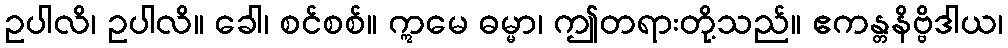
ဥပါလိ၊ ဥပါလိ။ ခေါ၊ စင်စစ်။ ဣမေ ဓမ္မာ၊ ဤတရားတို့သည်။ ဧကန္တနိဗ္ဗိဒါယ၊